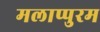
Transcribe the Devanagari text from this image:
मलाप्पुरम